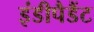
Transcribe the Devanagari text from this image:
इंडीपैडैंट